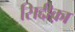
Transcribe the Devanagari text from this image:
सिद्दीक़ा